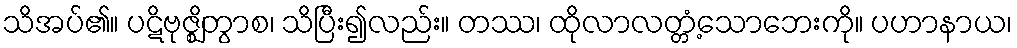
သိအပ်၏။ ပဋိဗုဇ္ဈိတွာစ၊ သိပြီး၍လည်း။ တဿ၊ ထိုလာလတ္တံ့သောဘေးကို။ ပဟာနာယ၊